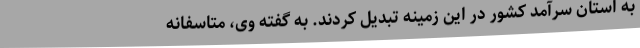
به استان سرآمد کشور در این زمینه تبدیل کردند. به گفته وی، متاسفانه